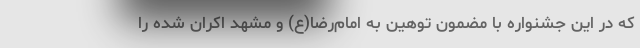
که در این جشنواره با مضمون توهین به امام‌رضا(ع) و مشهد اکران شده را